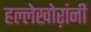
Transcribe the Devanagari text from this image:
हल्लेखोऱांनी